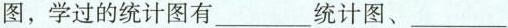
图，学过的统计图有___统计图、___